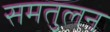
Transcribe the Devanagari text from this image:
समतुलन